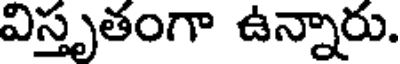
విస్తృతంగా ఉన్నారు.